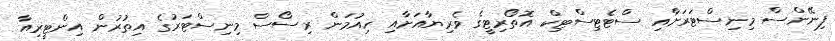
ފިނޭންސް މިނިސްޓަރަށާއި ސްޓެޓިސްޓިކް އޮތޯރިޓީގެ ވެރިޔާއަށާއި ހިއުމަން ރިސޯސް މިނިސްޓަރުގެ އިތުރުން އިންޓީރިއާ